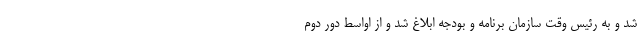
شد و به رئیس وقت سازمان برنامه و بودجه ابلاغ شد و از اواسط دور دوم